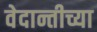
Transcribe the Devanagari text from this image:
वेदान्तीच्या